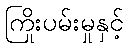
ကြိုးပမ်းမှုနှင့်